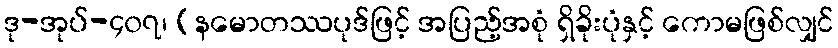
ဒု-အုပ်-၄၀၇၊ (နမောတဿပုဒ်ဖြင့် အပြည့်အစုံ ရှိခိုးပုံနှင့် ကောမဖြစ်လျှင်